Lunatic asylums Central Provinces reports 1895-1909 - 1895-1909
Year: 1895
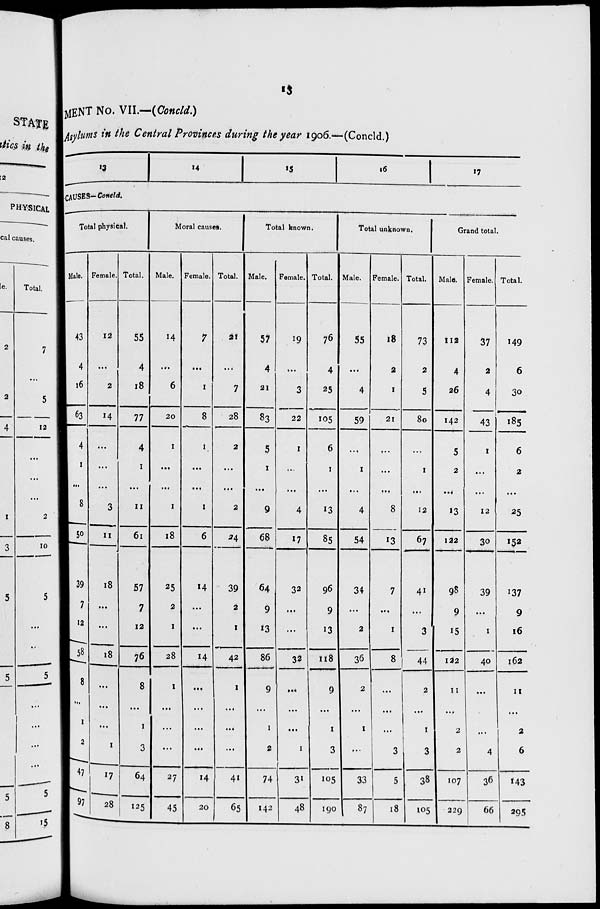
13
MENT No. VII.—(Concld.)
Asylums in the Central Provinces during the year 1906.—(Concld.)
13
14
15
16
17
CAUSES—Concld.
Total physical.
Male.
43
4
16
63
4
1
...
8
50
39
7
12
58
8
...
1
2
47
97
Female.
12
...
2
14
...
...
...
3
11
18
...
...
18
...
...
...
1
17
28
Total.
55
4
18
77
4
1
...
11
61
57
7
12
76
8
...
1
3
64
125
Moral causes.
Male.
14
...
6
20
1
...
...
1
18
25
2
1
28
1
...
...
...
27
45
Female.
7
...
1
8
1
...
...
1
6
14
...
...
14
...
...
...
...
14
20
Total.
21
...
7
28
2
...
...
2
24
39
2
1
42
1
...
...
...
41
65
Total known.
Male.
57
4
21
83
5
1
...
9
68
64
9
13
86
9
...
1
2
74
142
Female.
19
...
3
22
1
...
...
4
17
32
...
...
32
...
...
...
1
31
48
Total.
76
4
25
105
6
1
...
13
85
96
9
13
118
9
...
1
3
105
190
Total unknown.
Male.
55
...
4
59
...
1
...
4
54
34
...
2
36
2
...
1
...
33
87
Female.
18
2
1
21
...
...
...
8
13
7
...
1
8
...
...
...
3
5
18
Total.
73
2
5
80
...
1
...
12
67
41
...
3
44
2
...
1
3
38
105
Grand total.
Male.
112
4
26
142
5
2
...
13
122
98
9
15
122
11
...
2
2
107
229
Female.
37
2
4
43
1
...
...
12
30
39
...
1
40
...
...
...
4
36
66
Total.
149
6
30
185
6
2
...
25
152
137
9
16
162
11
...
2
6
143
295